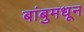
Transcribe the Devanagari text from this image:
बांबुमधून